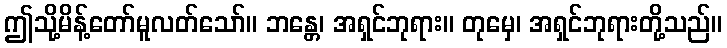
ဤသို့မိန့်တော်မူလတ်သော်။ ဘန္တေ၊ အရှင်ဘုရား။ တုမှေ၊ အရှင်ဘုရားတို့သည်။